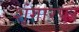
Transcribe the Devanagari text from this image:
शृंगारपुरे